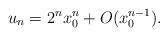
LaTeX: \begin{align*} u_n=2^nx_0^n+O(x_0^{n-1}).\end{align*}